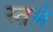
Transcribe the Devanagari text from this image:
स्तभं